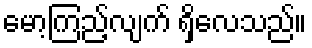
မော့ကြည့်လျက် ရှိလေသည်။